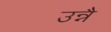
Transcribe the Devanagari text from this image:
उन्नै